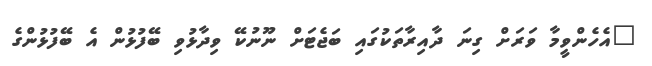
"އެހެންވީމާ ވަރަށް ގިނަ ދާއިރާތަކުގައި ބަޖެޓަށް ނޫނުކޭ ވިދާޅުވި ބޭފުޅުން އެ ބޭފުޅުންގެ